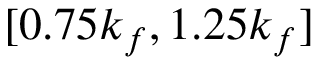
[ 0 . 7 5 k _ { f } , 1 . 2 5 k _ { f } ]